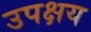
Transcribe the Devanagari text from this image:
उपक्षय